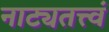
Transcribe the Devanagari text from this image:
नाट्यतत्त्वं